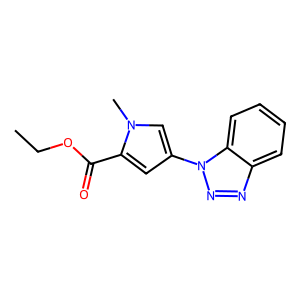
SMILES: CCOC(=O)c1cc(-n2nnc3ccccc32)cn1C
Inhibits HIV replication: No